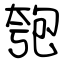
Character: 匏